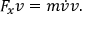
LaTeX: F _ { x } v = m { \dot { v } } v .